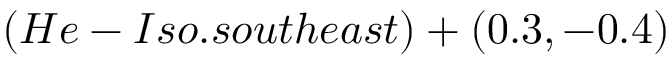
( H e - I s o . s o u t h e a s t ) + ( 0 . 3 , - 0 . 4 )